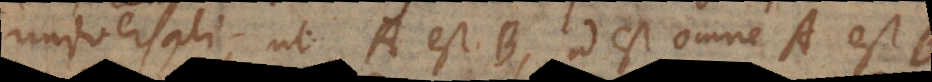
universali, ut A est B, id est omne A est